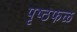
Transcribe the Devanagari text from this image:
पृष्ठफळ